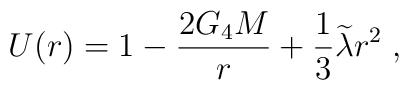
U(r)=1-\frac{2G_4M}r+\frac 13\widetilde{\lambda }r^2\;,